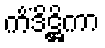
ကိံဒိဋ္ဌိကာ